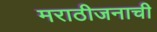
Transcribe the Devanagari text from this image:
मराठीजनाची